Report on sanitation, dispensaries, and jails in Rajputana for 1917, and on vaccination for the year 1917-1918 - 1917-1918
Year: 1917
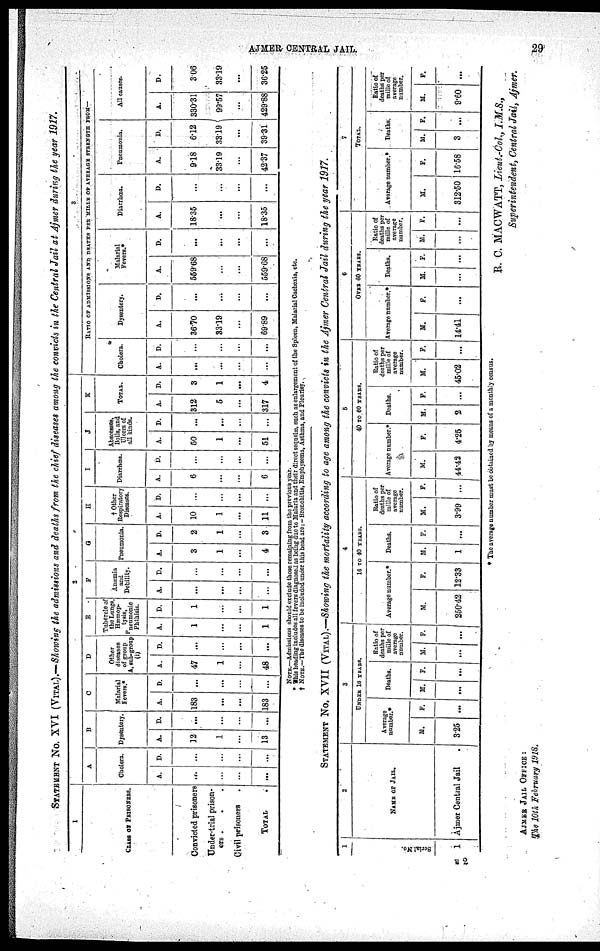
AJMER CENTRAL JAIL.
29
STATEMENT No. XVI (VITAL).—Showing the admissions and deaths from the chief diseases among the convicts in the Central Jail at Aimer during the year 1917.
1
CLASS OF PRISONERS.
Convicted prisoners
Under-trial prison-
ers . . .
Civil prisoners .
TOTAL .
2
A
Cholera.
A.
...
...
...
...
D.
...
...
...
...
B
Dysentery.
A.
12
1
...
13
D.
...
...
...
...
C
Malarial
Fevers.*
A.
183
...
...
183
D.
...
...
...
...
D
Other
diseases
of group
A, sub-group
(i)
A.
47
1
...
48
D.
...
...
...
...
E
Tubercle of
the Lungs,
Hæmop¬
tysis,
Pneumonic
Phthisis.
A.
1
...
...
1
D.
1
...
...
1
F
Anæmia
and
Debility.
A.
...
...
...
...
D.
...
...
...
...
G
Pneumonia.
A.
3
1
...
4
D.
2
1
...
3
H
† Other
Respiratory
Diseases.
A.
10
1
...
11
D.
...
...
...
...
I
Diarrhœa.
A.
6
...
...
6
D.
...
...
...
...
J
Abscesses.
Boils, and
Ulcers of
all kinds.
A.
50
1
...
51
D.
...
...
...
...
K
TOTAL.
A.
312
5
...
317
D.
3
1
...
4
3
RATIO OF ADMISSIONS AND DEATHS PER MILLS OF AVERAGE STRENGTH FROM—
Cholera.
A.
...
...
...
...
D.
...
...
...
...
Dysentery.
A.
36.70
33.19
...
69.89
D.
...
...
...
...
Malarial
Fevers.*
A.
559.68
...
...
559.68
D.
...
...
...
...
Diarrhœa.
A.
18.35
...
...
18.35
D.
...
...
...
...
Pneumonia.
A.
9.18
33.19
...
42.37
D.
6.12
33.19
...
39.31
All causes.
A.
330.31
99.57
...
429.88
D.
3.06
33.19
...
36.25
NOTE.—Admissions should exclude those remaining from the previous year.
* This heading includes all fevers diagnosed as being due to Malaria and their direct sequelæ, such as enlargement of the Spleen, Malarial Cachexia, etc.
† NOTE.—The diseases to be included under this head are: - Bronchitis, Emphysema, Asthma, and Pleurisy.
STATEMENT No. XVII (VITAL).—Showing the mortality according to age among the convicts in the Ajmer Central Jail during the year 1917.
1
Serial No.
1
2
NAME OF JAIL.
Ajmer Central Jail .
3
UNDER 16 YEARS.
Average
number.*
M.
3.25
F.
...
Deaths.
M.
...
F.
...
Ratio of
deaths per
mille of
average
number.
M.
...
F.
...
4
10 TO 40 YEARS.
Average number.*
M.
250.42
F.
12.33
Deaths.
M.
1
F.
...
Ratio of
deaths per
mille of
average
number.
M.
3.99
F.
...
5
40 TO 60 YEARS.
Average number.*
M.
44.42
F.
4.25
Deaths.
M.
2
F.
...
Ratio of
deaths per
mille of
average
number.
M.
45.02
F.
...
6
OVER 60 YEARS.
Average number.*
M.
14.41
F.
...
Deaths.
M.
...
F.
...
Ratio of
deaths per
mille of
average
number.
M.
...
F.
...
Average number.*
M.
312.50
F.
16.58
7
TOTAL.
Deaths.
M.
3
F.
...
Ratio of
deaths per
mille of
average
number.
M.
9.60
F.
...
* The average number must be obtained by means of a monthly census.
R. C. MACWATT, Lieut.-Col., I.M.S.,
Superintendent, Central Jail, Ajmer.
AJMER JAIL OFFICE :
The 10th February 1918.
E 2